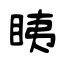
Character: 眱